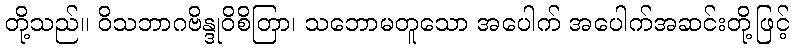
တို့သည်။ ဝိသဘာဂဗိန္ဒုဝိစိတြာ၊ သဘောမတူသော အပေါက် အပေါက်အဆင်းတို့ဖြင့်